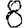
Digit: 8